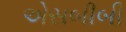
એસબીબી